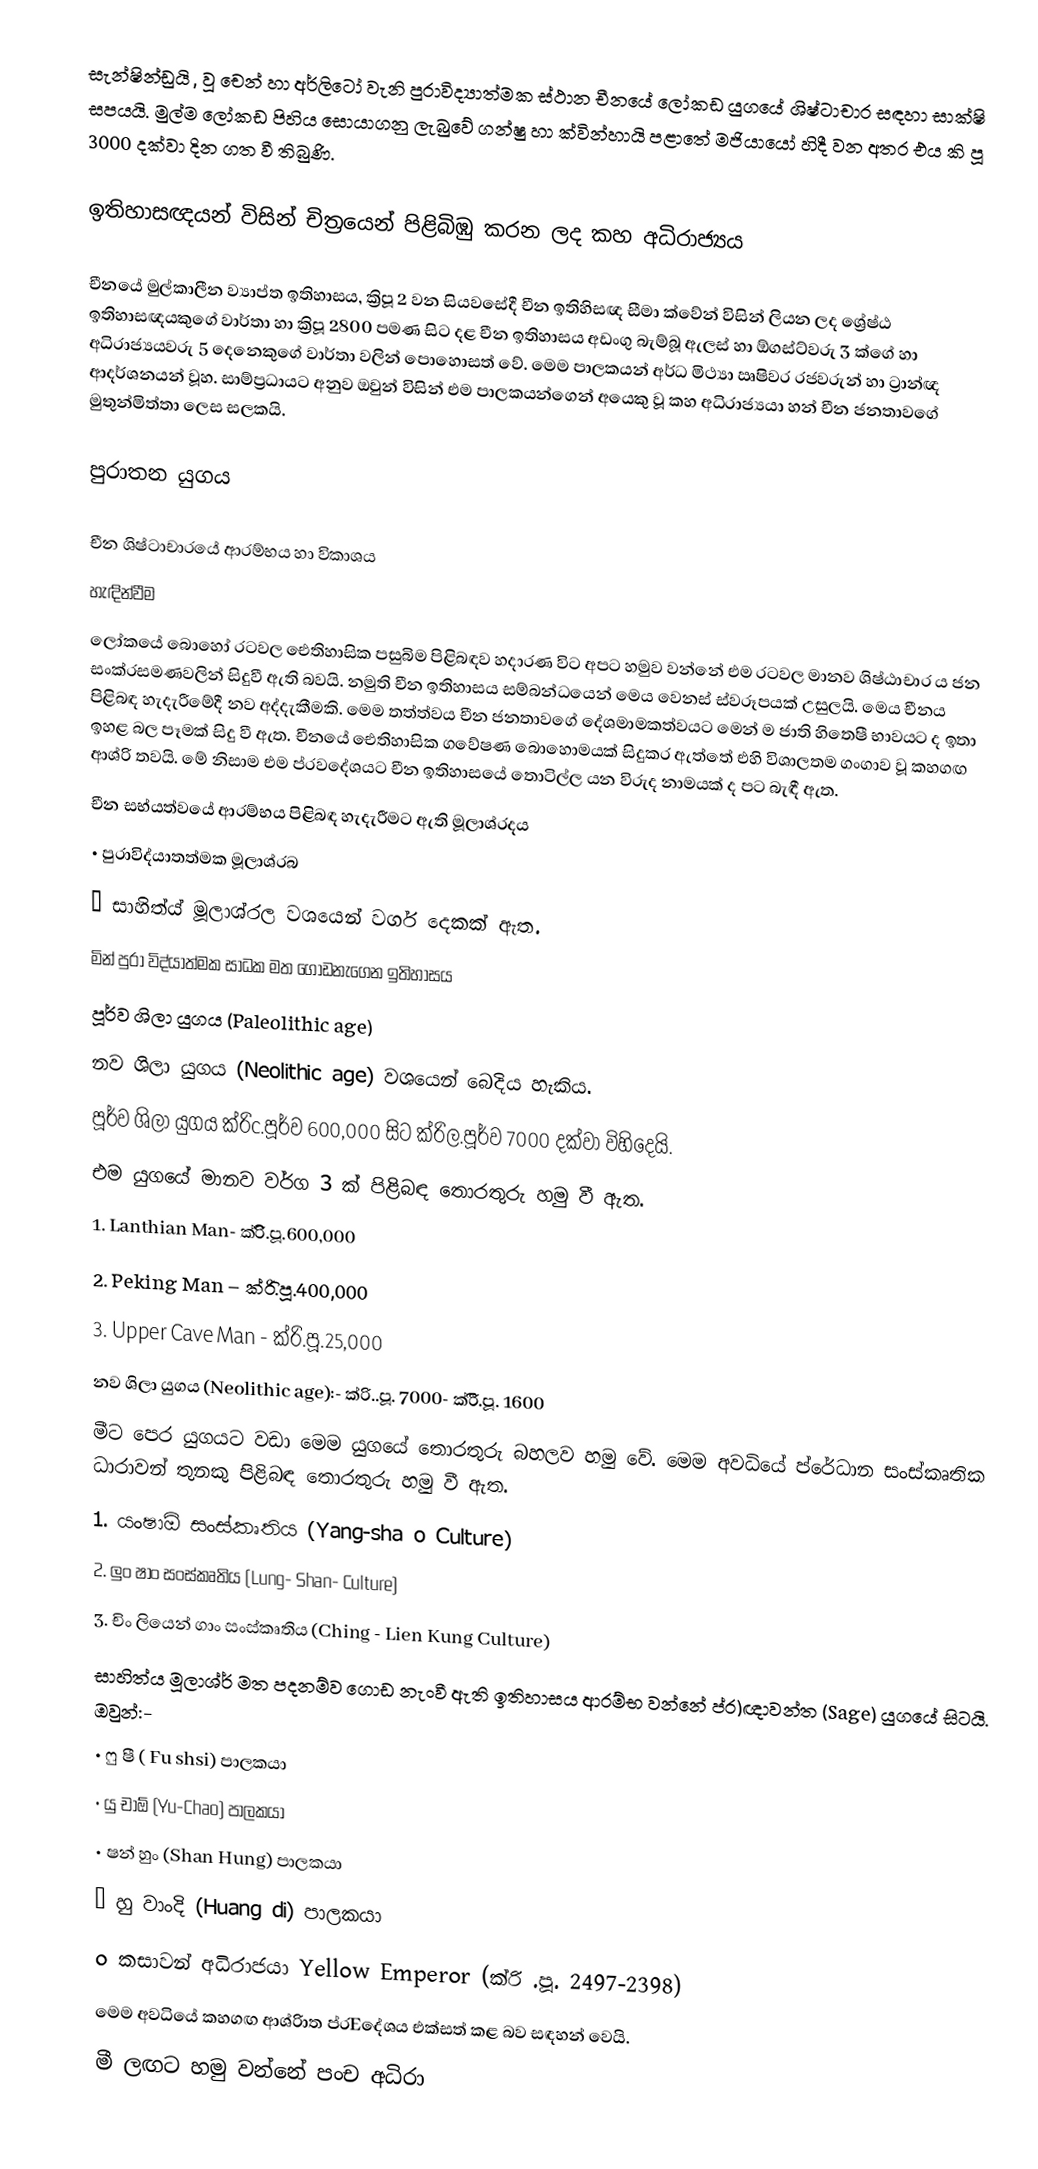
සැන්ෂින්ඩුයි , වූ චෙන් හා අර්ලිටෝ වැනි පුරාවිද්‍යාත්මක ස්ථාන චීනයේ ලෝකඩ යුගයේ ශිෂ්ටාචාර සඳහා සාක්ෂි සපයයි. මුල්ම ලෝකඩ පිහිය සොයාගනු ලැබුවේ ගන්ෂු හා ක්වින්හායි පළාතේ මජියායෝ හිදී වන අතර එය කි පූ 3000 දක්වා දින ගත වී තිබුණි.

ඉතිහාසඥයන් විසින් චිත්‍රයෙන් පිළිබිඹු කරන ලද කහ අධිරාජ්‍යය

චීනයේ මුල්කාලීන ව්‍යාප්ත ඉතිහාසය, ක්‍රිපූ 2 වන සියවසේදී චීන ඉතිහිසඥ සීමා ක්වේන් විසින් ලියන ලද ශ්‍රේෂ්ඨ ඉතිහාසඥයකුගේ වාර්තා හා ක්‍රිපූ 2800  පමණ සිට දළ චීන ඉතිහාසය අඩංගු බැම්බූ ඇලස් හා ඕගස්ට්වරු 3 ක්ගේ හා අධිරාජ්‍යයවරු 5 දෙනෙකුගේ වාර්තා වලින් පොහොසත් වේ. මෙම පාලකයන් අර්ධ මිථ්‍යා ඍෂිවර රජවරුන් හා ට්‍රාන්ඥ ආදර්ශනයන් වූහ. සාම්ප්‍රධාය‍ට අනුව ඔවුන් විසින් එම පාලකයන්ගෙන් අයෙකු වූ කහ අධිරාජ්‍යයා හන් චීන ජනතාවගේ මුතුන්මිත්තා ලෙස සලකයි.

පුරාතන යුගය

චීන ශිෂ්ටාචාරයේ ආරම්භය හා විකාශය
හැඳින්වීම
ලෝකයේ බොහෝ රටවල ‍ඓතිහාසික පසුබිම පිළිබඳව හදාරණ විට අපට හමුව වන්නේ එම රටවල මානව ශිෂ්ඨාචාර ය ජන සංක්රසමණවලින් සිදුවී ඇති බවයි. නමුති චීන ඉතිහාසය සම්බන්ධයෙන් මෙය වෙනස් ස්වරූපයක් උසුලයි. මෙය චීනය පිළිබඳ හැදැරීමේදී නව අද්දැකීමකි. මෙම තත්ත්වය චීන ජනතාවගේ දේශමාමකත්වයට මෙන් ම ජාති හිතෙෂී භාවයට ද ඉතා ඉහළ බල පෑමක් සිදු වී ඇත. චීනයේ ඓතිහාසික ගවේෂණ බොහොමයක් සිදුකර ඇත්තේ එහි විශාලතම ගංගාව වූ කහගඟ ආශ්රි තවයි. මේ නිසාම එම ප්රවදේශයට චීන ඉතිහාසයේ තොටිල්ල යන විරුද නාමයක් ද පට බැඳී ඇත.
චීන සභ්ය‍ත්වයේ ආරම්භය පිළිබඳ හැදැරීමට ඇති මූලාශ්රදය
•	පුරාවිද්යාතත්මක මූලාශ්රබ
•	සාහිත්ය් මූලාශ්රල වශයෙන් වර්ග දෙකක් ඇත.
මින් පුරා විද්යා‍ත්මක සාධක මත ගොඩනැගෙන ඉතිහාසය
පූර්ව ශිලා යුගය (Paleolithic age)
නව ශිලා යුගය (Neolithic age) වශයෙන් බෙදිය හැකිය.
පූර්ව ශිලා යුගය  ක්රිc.පූර්ව 600,000 සිට ක්රිල.පූර්ව 7000 දක්වා විහිදෙයි.
එම යුගයේ මානව වර්ග 3 ක් පිළිබඳ තොරතුරු හමු වී ඇත.
1.	Lanthian Man- ක්රිි.පූ.600,000
2.	Peking Man – ක්රිි.පූ.400,000
3.	Upper Cave Man - ක්රි‍.පූ.25,000
නව ශිලා යුගය (Neolithic age):- ක්රි..පූ. 7000- ක්රිී.පූ. 1600
මීට පෙර යුගයට වඩා මෙම  යුගයේ තොරතුරු බහලව හමු වේ. මෙම අවධියේ ප්රේධාන සංස්කෘතික ධාරාවන් තුනකු පිළිබඳ තොරතුරු හමු වී ඇත.
1.	යංෂා‍ඕ සංස්කෘතිය (Yang-sha o Culture)
2.	ලුං ෂාං සංස්කෘතිය (Lung- Shan- Culture)
3.	චිං ලියෙන් ගාං සංස්කෘතිය (Ching - Lien Kung Culture)
සාහිත්ය  මූලාශ්ර් මත පදනම්ව ගොඩ නැංවී ඇති ඉතිහාසය ආරම්භ වන්නේ ප්ර)ඥාවන්ත (Sage) යුගයේ සිටයි. ඔවුන්:-
•	ෆු ෂී  ( Fu shsi) පාලකයා
•	යු චාඕ (Yu-Chao) පාලකයා
•	ෂන් හුං (Shan Hung) පාලකයා
•	හු වාංදි (Huang di) පාලකයා
o	කසාවන් අධිරාජයා Yellow Emperor (ක්රි .පූ. 2497-2398)
මෙම අවධියේ කහගඟ ආශ්රිාත ප්රEදේශය එක්සත් කළ බව සඳහන් වෙයි.
මී ලඟට හමු වන්නේ පංච අධිරා